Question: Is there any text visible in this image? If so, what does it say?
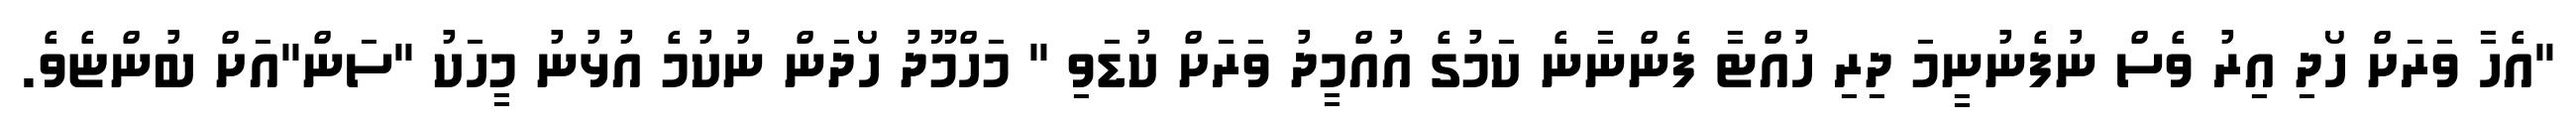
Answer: "އެހާ ވަރަށް ހޯދި އިރު ވެސް ނުފެނުނީމަ ދިރި ހުއްޓާ ފެންނާނެ ކަމުގެ އުއްމީދު ވަރަށް ކުޑަވި " މަހްމޫދު ހޯދަން ނުކުމެ އުޅުނު މީހަކު "ސަން"އަށް ބުންޏެވެ.